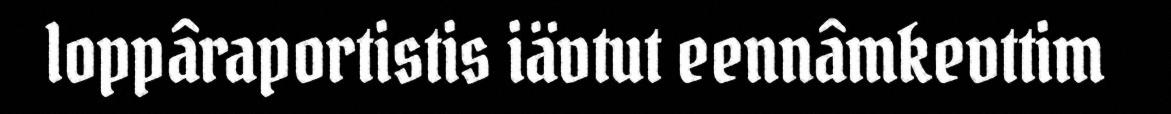
loppâraportistis iävtut eennâmkevttim